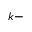
k -